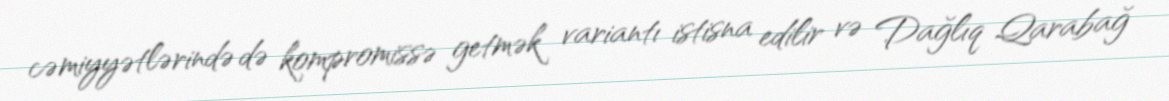
cəmiyyətlərində də kompromissə getmək variantı istisna edilir və Dağlıq Qarabağ